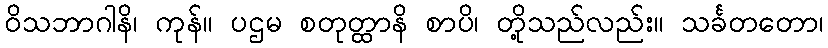
ဝိသဘာဂါနိ၊ ကုန်။ ပဌမ စတုတ္ထာနိ စာပိ၊ တို့သည်လည်း။ သင်္ခတတော၊